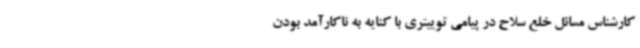
کارشناس مسائل خلع سلاح در پیامی توییتری با کنایه به ناکارآمد بودن